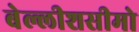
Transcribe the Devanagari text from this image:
बेल्लीशसीमो